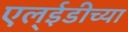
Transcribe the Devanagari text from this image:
एल्ईडीच्या